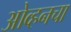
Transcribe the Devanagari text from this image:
ओव्हनचा